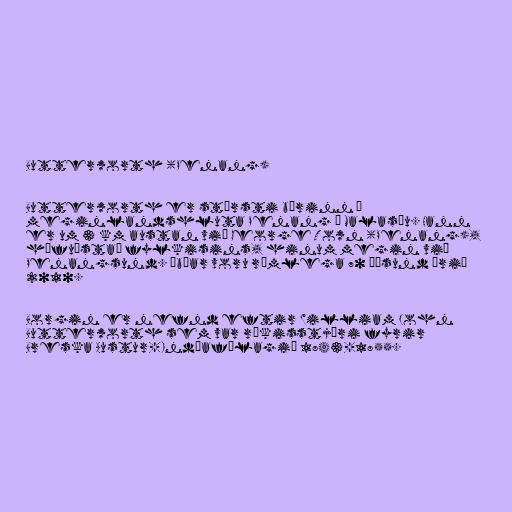
Butterworth (Penang)

Butterworth er stærsti bærinn á
meginlandshluta Penang í Malasíu. Hann
er um 3 km austan við George Town (Penang),
höfuðstað fylkisins, hinum megin við
Penangsund. Íbúar voru rúmlega 70 þúsund árið
2010.

Borgin er nefnd eftir William John
Butterworth sem var ríkisstjóri fyrir
Breska Austur-Indíafélagið 1843-1855.